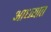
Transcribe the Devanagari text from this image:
आध्व्यात